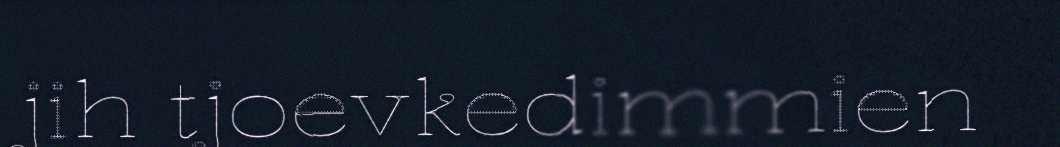
jih tjoevkedimmien